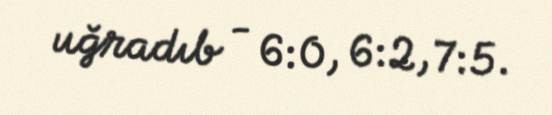
uğradıb - 6:0, 6:2, 7:5.